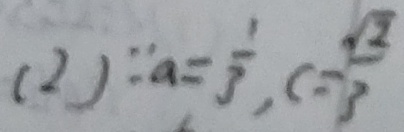
( 2 ) \because a = \frac { 1 } { 3 } , c = \frac { \sqrt { 2 } } { 3 }